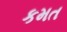
કમત